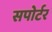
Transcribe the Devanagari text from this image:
सपोर्टर